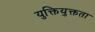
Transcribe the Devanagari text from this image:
युक्तियुक्तता